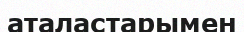
аталастарымен